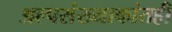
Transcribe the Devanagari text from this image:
अल्पसंख्याकांतही